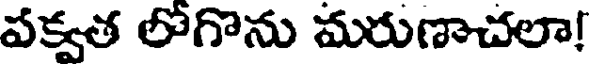
పక్వత లోగొను మరుణాచలా!